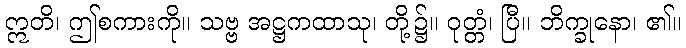
ဣတိ၊ ဤစကားကို။ သဗ္ဗ အဋ္ဌကထာသု၊ တို့၌။ ဝုတ္တံ၊ ပြီ။ ဘိက္ခုနော၊ ၏။